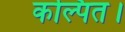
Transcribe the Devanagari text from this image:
कल्पित।